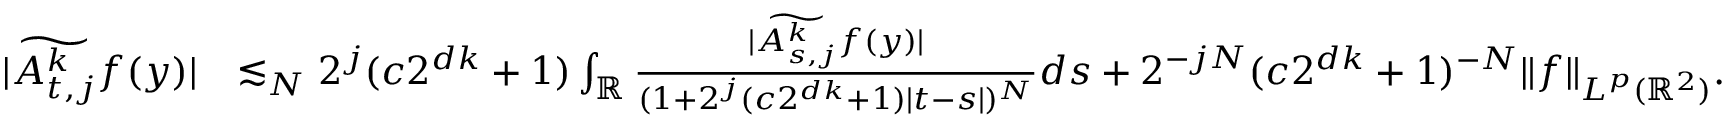
\begin{array} { r l } { | \widetilde { A _ { t , j } ^ { k } } f ( y ) | } & { \lesssim _ { N } 2 ^ { j } ( c 2 ^ { d k } + 1 ) \int _ { \mathbb { R } } \frac { | \widetilde { A _ { s , j } ^ { k } } f ( y ) | } { ( 1 + 2 ^ { j } ( c 2 ^ { d k } + 1 ) | t - s | ) ^ { N } } d s + 2 ^ { - j N } ( c 2 ^ { d k } + 1 ) ^ { - N } \| f \| _ { L ^ { p } ( \mathbb { R } ^ { 2 } ) } . } \end{array}